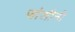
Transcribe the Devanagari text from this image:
जोशीनी